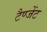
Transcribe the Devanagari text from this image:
टैण्जेंट